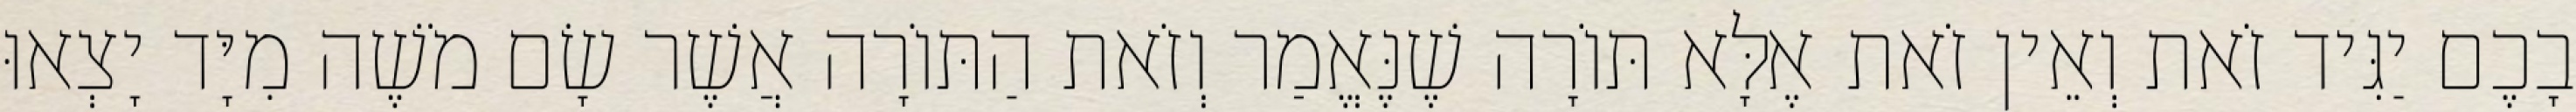
בָכֶם יַגִּיד זֹאת וְאֵין זֹאת אֶלָּא תּוֹרָה שֶׁנֶּאֱמַר וְזֹאת הַתּוֹרָה אֲשֶׁר שָׂם מֹשֶׁה מִיָּד יָצְאוּ